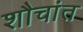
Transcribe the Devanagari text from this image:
शौचांत